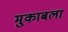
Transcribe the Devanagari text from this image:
मु्काबला